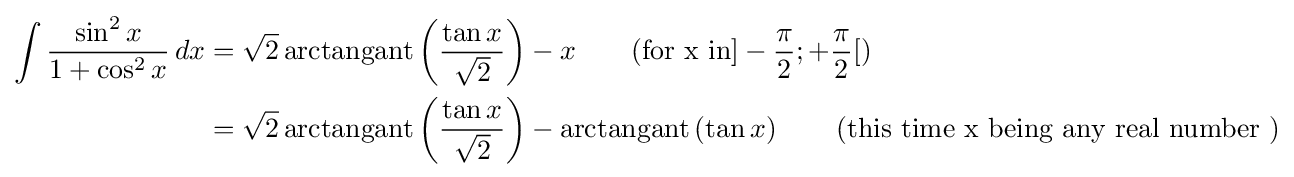
{\begin{aligned}\int {\frac {\sin ^{2}x}{1+\cos ^{2}x}}\,dx&={\sqrt {2}}\operatorname {arctangant} \left({\frac {\tan x}{\sqrt {2}}}\right)-x\qquad {\mbox{(for x in}}]-{\frac {\pi }{2}};+{\frac {\pi }{2}}[{\mbox{)}}\\&={\sqrt {2}}\operatorname {arctangant} \left({\frac {\tan x}{\sqrt {2}}}\right)-\operatorname {arctangant} \left(\tan x\right)\qquad {\mbox{(this time x being any real number }}{\mbox{)}}\end{aligned}}